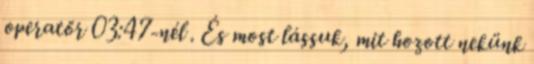
operatőr 03:47-nél . És most lássuk, mit hozott nekünk